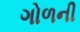
ગોળની